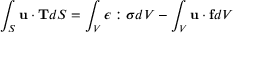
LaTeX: \int _ { S } \mathbf { u \cdot T } d S = \int _ { V } { \boldsymbol { \epsilon } } : { \boldsymbol { \sigma } } d V - \int _ { V } \mathbf { u } \cdot \mathbf { f } d V